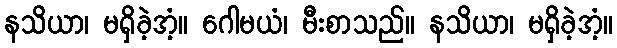
နသိယာ၊ မရှိခဲ့အံ့။ ဂေါမယံ၊ မီးစာသည်။ နသိယာ၊ မရှိခဲ့အံ့။